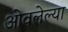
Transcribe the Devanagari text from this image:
ओवलेल्या